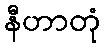
နီဟာတုံ